Specificity of antivenomous sera, with special reference to a serum prepared with the venom of Daboia russellii - Number 16
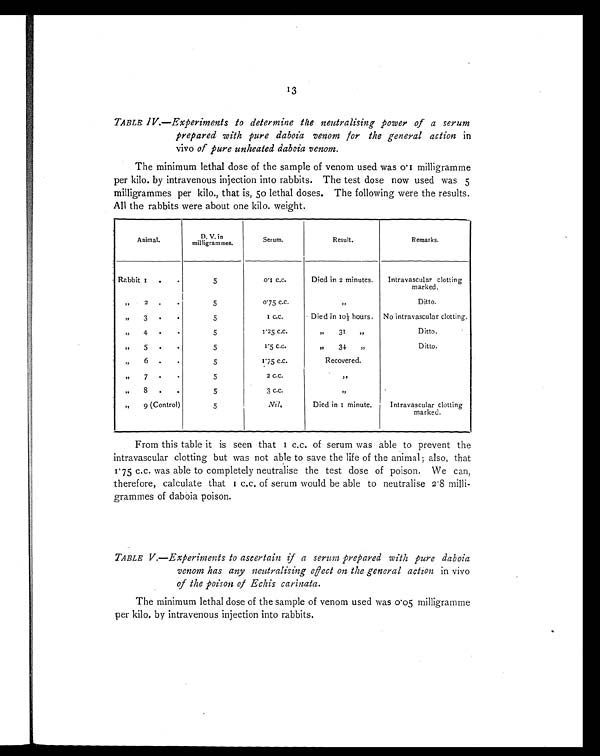
13
TABLE IV.—Experiments to determine the neutralising power of a serum
prepared with pure daboia venom for the general action in
vivo of pure unheated daboia venom.
The minimum lethal dose of the sample of venom used was 0.1 milligramme
per kilo. by intravenous injection into rabbits. The test dose now used was 5
milligrammes per kilo., that is, 50 lethal doses. The following were the results.
All the rabbits were about one kilo. weight.
Animal.
D. V. i n
milligrammes.
Serum.
Result.
Remarks.
Rabbit
1
.
.
5
0 . 1
C . C .
Died in 2 minutes.
Intravascular clotting b
marked.
„
2
.
.
5
0.75 C.C.
”
Ditto.
”
3
.
.
5
1 c.c.
Died in 10½ hours. No intravascular clotting.
”
4
•
•
5
1.25 C.C.
”
31
”
Ditto.
,,
5
.
.
5
1 . 5
C . C .
”
34. ,,
Ditto.
„
6 .
.
5
1 . 7 5C
. C .
Recovered.
”
7
.
.
5
2 C.c.
”
”
8
.
.
5
3 C.C.
”
”
9 (Control)
5
Nil,
Died in 1 minute.
Intravascular clotting
marked.
From this table it is seen that 1 c.c. of serum was able to prevent the
intravascular clotting but was not able to save the life of the animal also, that
1.75 c.c. was able to completely neutralise the test dose of poison. We can,
therefore, calculate that 1 c.c. of serum would be able to neutralise 2.8 milli-
grammes of daboia poison.
TABLE V.—Experiments to ascertain if a serum prepared with pure daboia
venom has any neutralising effect on the general action in vivo
of the poison of Echis carinata.
The minimum lethal dose of the sample of venom used was 0.05 milligramme
per kilo. by intravenous injection into rabbits.